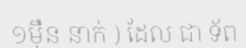
១ម៉ឺន នាក់ ) ដែល ជា ទ័ព